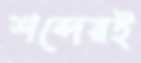
শব্দেরই